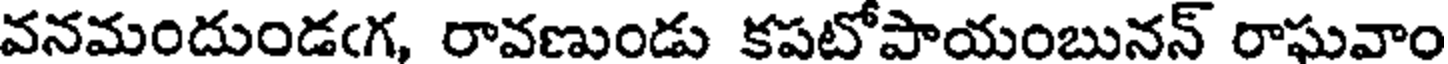
వనమందుండఁగ, రావణుండు కపటోపాయంబునన్ రాఘవాం